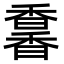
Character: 𩡌